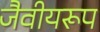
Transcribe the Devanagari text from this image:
जैवीयरूप